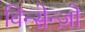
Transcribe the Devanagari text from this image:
विन्सेन्ज़ो